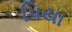
પિયા